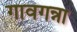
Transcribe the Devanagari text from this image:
गावगन्ना